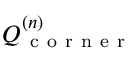
Q _ { \mathrm { ~ c ~ o ~ r ~ n ~ e ~ r ~ } } ^ { ( n ) }